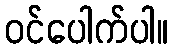
ဝင်ပေါက်ပါ။